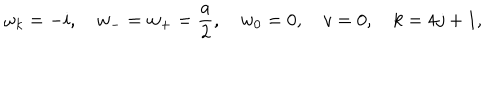
\omega _ { k } = - i , \quad w _ { - } = w _ { + } = \frac a 2 , \quad w _ { 0 } = 0 , \quad v = 0 , \quad k = 4 j + 1 ,